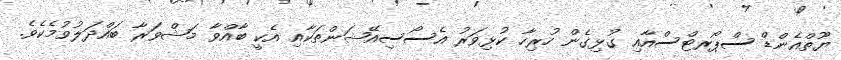
ޔޫތްއެންޑް ސްޕޯރޓްސްއާއި ގުޅިގެން ހުރިހާ ކުޅިވަރު އެސޯސިއޭޝަންތަކާއި އެކީ ބާއްވާ މަޝްވަރާ ބައްދަލުވުމެކެވެ.